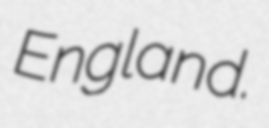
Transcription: England.